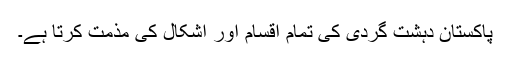
پاکستان دہشت گردی کی تمام اقسام اور اشکال کی مذمت کرتا ہے۔